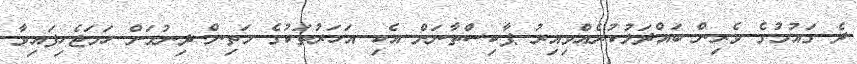
ދެ ގައުމުގެ ވެރިން ބައްދަލުކުރެއްވިއިރު ޕާކިސްތާނަށް އެކި އަހަރުތަކުގެ މަތިން ދިނުމަށް ހަމަޖެހިފައިވާ